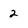
Character: 2